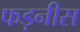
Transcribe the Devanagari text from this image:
फड़नीस